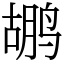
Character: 鹕